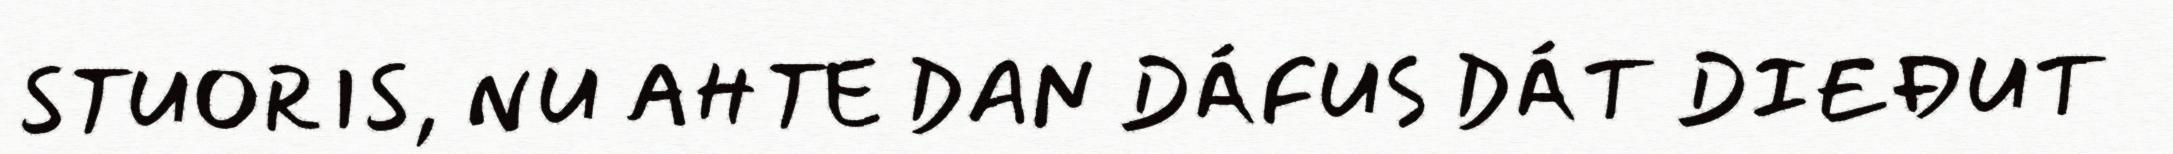
STUORIS, NU AHTE DAN DÁFUS DÁT DIEĐUT